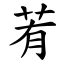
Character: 䒴